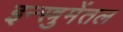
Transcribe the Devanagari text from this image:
इन्स्त्रुमेंतल